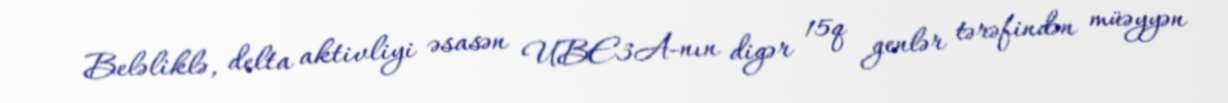
Beləliklə, delta aktivliyi əsasən UBE3A-nın digər 15q genlər tərəfindən müəyyən